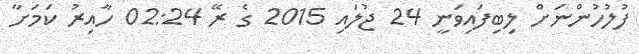
ފުލުހުންނަށް ލިބިފައިވަނީ 24 ޖުލައި 2015 ގެ ރޭ 02:24 ހާއިރު ކަމަށާ